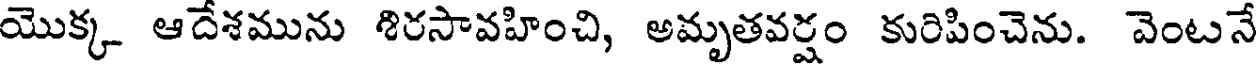
యొక్క ఆదేశమును శిరసావహించి, అమృతవర్షం కురిపించెను. వెంటనే